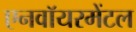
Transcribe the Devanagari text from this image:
एनवॉयरमेंटल